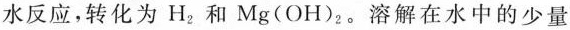
水反应，转化为H_{2|和Mg(OH)_{2|。溶解在水中的少量